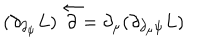
LaTeX: ( \partial _ { \partial _ { \psi } } L ) \stackrel { \leftarrow } { \partial } = \partial _ { \mu } ( \partial _ { \partial _ { \mu } \psi } L )